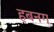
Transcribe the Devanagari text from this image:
हबनग